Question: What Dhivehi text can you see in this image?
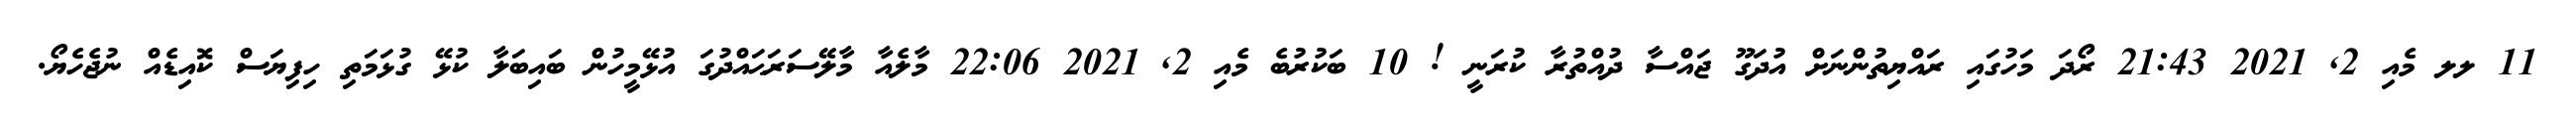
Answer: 11 ލލ މެއި 2, 2021 21:43 ރޯދަ މަހުގައި ރައްޔިތުންނަށް އުދަގޫ ޖައްސާ ދުއްތުރާ ކުރަނީ ! 10 ބަކުރުބެ މެއި 2, 2021 22:06 މާލެއާ މާލޭސަރަޙައްދުގަ އުޅޭމީހުން ބައިބަލާ ކުޅޭ ގުޅަމަތި ހިފިޔަސް ކޮއިޑެއް ނުޖެހެޔޯ.